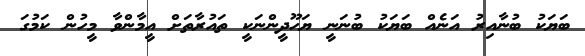
ބަޔަކު ބުނާއިރު އަނެއް ބަޔަކު ބުނަނީ ޔަހޫދީންނަކީ ތައުރާތަށް އީމާންވާ މީހުން ކަމުގަ